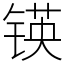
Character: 锳